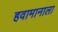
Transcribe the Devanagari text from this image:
हवामानाला